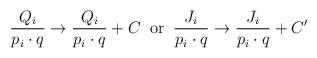
LaTeX: \begin{align*}\frac{Q_i}{p_i\cdot q} \rightarrow \frac{Q_i}{p_i\cdot q} + C \;\;{\rm or}\;\; \frac{J_i}{p_i\cdot q} \rightarrow \frac{J_i}{p_i\cdot q} + C'\end{align*}